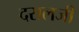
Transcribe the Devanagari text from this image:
दरालजी